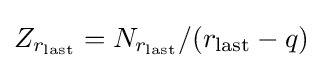
Z_{r_{\text{last}}}=N_{r_{\text{last}}}/(r_{\text{last}}-q)